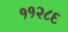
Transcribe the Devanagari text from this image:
११२८६